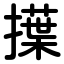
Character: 擛